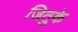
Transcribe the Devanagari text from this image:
जितुके